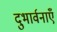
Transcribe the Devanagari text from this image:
दुभार्वनाएँ